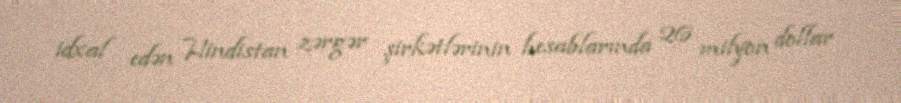
idxal edən Hindistan zərgər şirkətlərinin hesablarında 26 milyon dollar